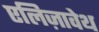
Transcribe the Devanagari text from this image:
एलिज़ावेथ